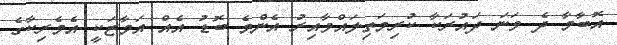
އޮބާމާ ދެ ވަނަ ދައުރަކާ ކުރިމަތިލައްވާއިރު އެންމެ ބޮޑު އެއް އަމާޒަކީ އެމެރިކާގެ